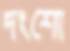
দংশো